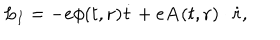
L _ { I } = - e \phi ( t , { \bf r } ) \dot { t } + e { \bf A } ( t , { \bf r } ) \cdot \dot { \bf r } ,